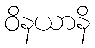
ဝိနယာနိ